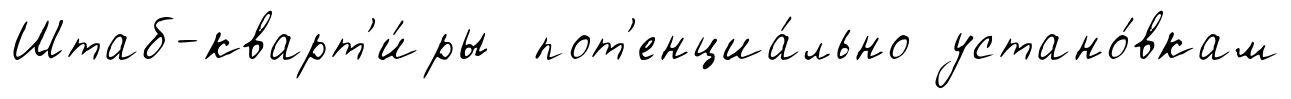
Штаб-кварт'и́ры пот'енциа́льно устано́вкам